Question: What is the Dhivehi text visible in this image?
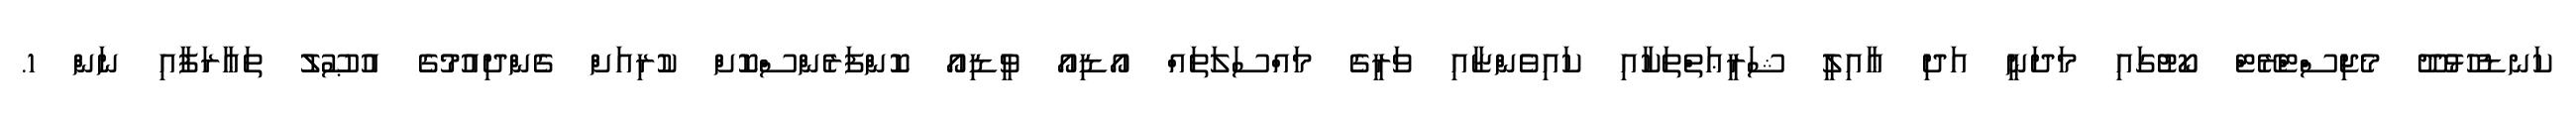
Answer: ކަނޑުހުޅުދޫ މެޖިސްޓްރޭޓް ކޯޓުގައި މަދަނީ އަދި ޢާއިލީ ޝަރީޢަތްތަކާއި ކައިވެންޏާއި ވަރީގެ މައްސަލަތައް އޯޑިއޯ ވީޑިއޯ ކޮންފަރެންސްކޮށް ކުރިއަށް ގެންދިއުމުގެ އުޞޫލު ތަޢާރަފާއި ނަން 1.